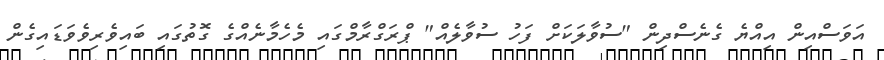
އަވަސްއިން އިއްޔެ ގެނެސްދިން "ސުވާލަކަށް ފަހު ސުވާލެއް" ޕްރަގްރާމްގައި މެހެމާނެއްގެ ގޮތުގައި ބައިވެރިވެވަޑައިގެން